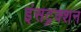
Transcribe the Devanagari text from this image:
इंसट्रक्शन